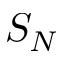
S _ { N }